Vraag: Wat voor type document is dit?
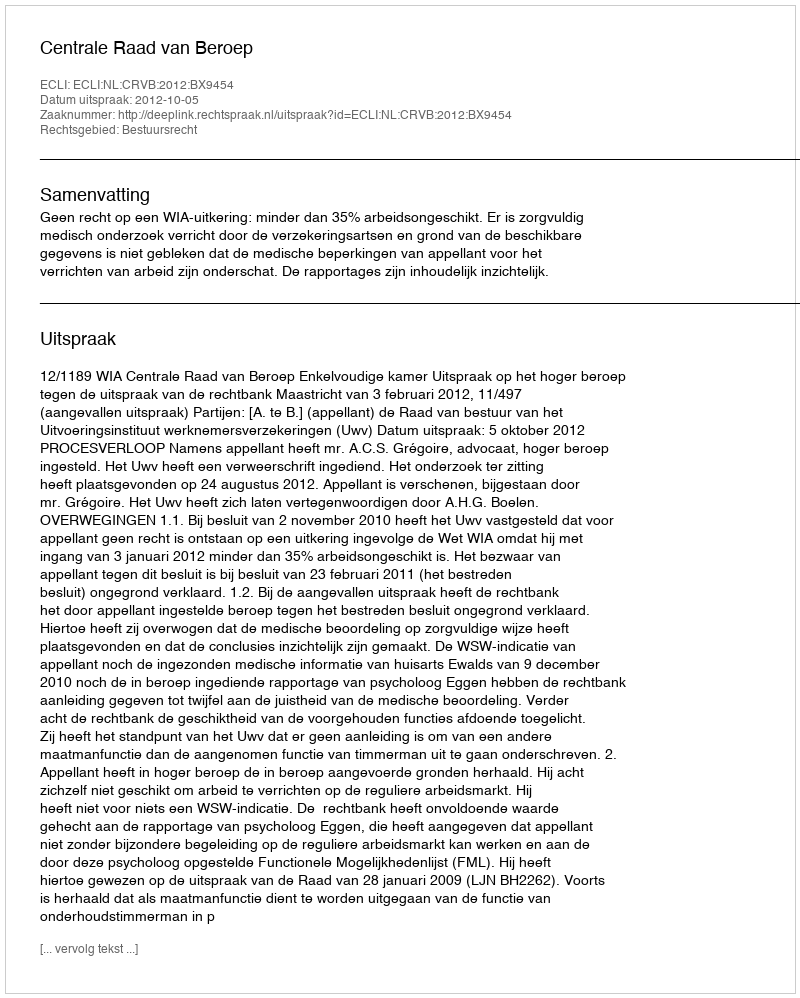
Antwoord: Uitspraak